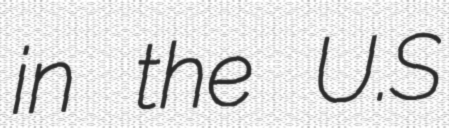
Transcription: in the U.S